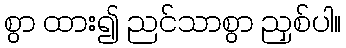
စွာ ထား၍ ညင်သာစွာ ညှစ်ပါ။